Madras plague regulations and rules - Volume 2
Disease focus: Plague
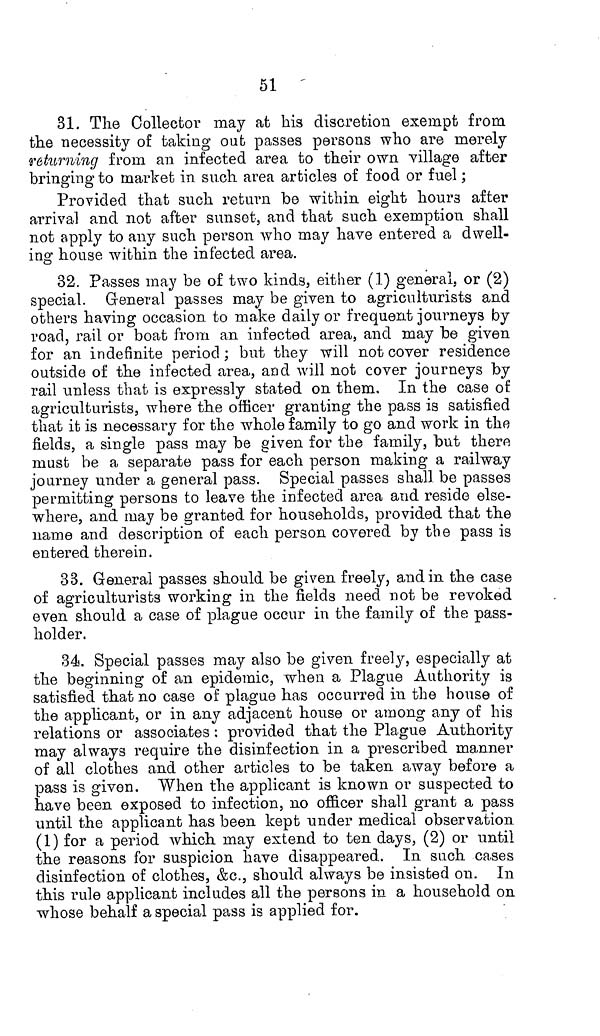
51
31. The Collector may at his discretion exempt from
the necessity of taking out passes persons who are merely
returning from an infected area to their own village after
bringing to market in such area articles of food or fuel;
Provided that such return be within eight hours after
arrival and not after sunset, and that such exemption shall
not apply to any such person who may have entered a dwell-
ing house within the infected area.
32. Passes may be of two kinds, either (1) general, or (2)
special. General passes may be given, to agriculturists and
others having occasion to make daily or frequent journeys by
road, rail or boat from an infected area, and may be given
for an indefinite period; but they will not cover residence
outside of the infected area, and will not cover journeys by
rail unless that is expressly stated on them. In the case of
agriculturists, where the officer granting the pass is satisfied
that it is necessary for the whole family to go and work in the
fields, a single pass may be given for the family, but there
must be a separate pass for each person making a railway
journey under a general pass. Special passes shall be passes
permitting persons to leave the infected area and reside else-
where, and may be granted for households, provided that the
name and description of each person covered by the pass is
entered therein.
33. General passes should be given freely, and in the case
of agriculturists working in the fields need not be revoked
even should a case of plague occur in the family of the pass-
holder.
34. Special passes may also be given freely, especially at
the beginning of an epidemic, when a Plague Authority is
satisfied that no case of plague has occurred in the house of
the applicant, or in any adjacent house or among any of his
relations or associates : provided that the Plague Authority
may always require the disinfection in a prescribed manner
of all clothes and other articles to be taken away before a
pass is given. When the applicant is known or suspected to
have been exposed to infection, no officer shall grant a pass
until the applicant has been kept under medical observation
(1) for a period which may extend to ten days, (2) or until
the reasons for suspicion have disappeared. In such cases
disinfection of clothes, &c., should always be insisted on. In
this rule applicant includes all the persons in a household on
whose behalf a special pass is applied for.